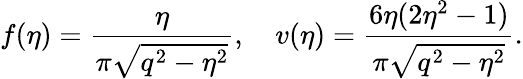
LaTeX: f(\eta)=\frac{\eta}{\pi\sqrt{q^{2}-\eta^{2}}},\quad v(\eta)=\frac{6\eta(2\eta^{2}-1)}{\pi\sqrt{q^{2}-\eta^{2}}}.